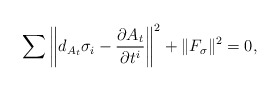
\begin{gather*}\sum\left\Vert d_{A_t}\sigma_i-\frac{\partial A_t}{\partial t^i}\right\Vert^2 + \Vert F_\sigma \Vert^2 =0,\end{gather*}